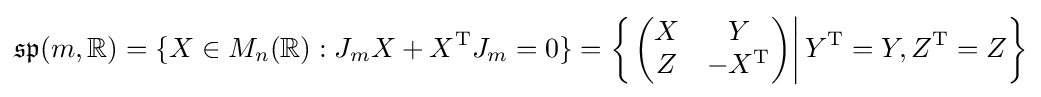
{\mathfrak {sp}}(m,\mathbb {R} )=\{X\in M_{n}(\mathbb {R} ):J_{m}X+X^{\mathrm {T} }J_{m}=0\}=\left\{\left.\left({\begin{matrix}X&Y\\Z&-X^{\mathrm {T} }\end{matrix}}\right)\right|Y^{\mathrm {T} }=Y,Z^{\mathrm {T} }=Z\right\}